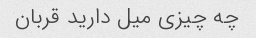
چه چیزی میل دارید قربان